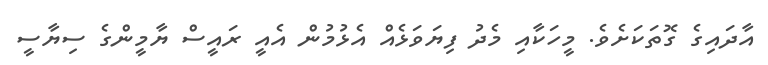
އާދައިގެ ގޮތަކަށެވެ. މީހަކާއި މެދު ފިޔަވަޅެއް އެޅުމުން އެއީ ރައީސް ޔާމީންގެ ސިޔާސީ